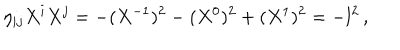
\eta _ { i j } X ^ { i } X ^ { j } = - ( X ^ { - 1 } ) ^ { 2 } - ( X ^ { 0 } ) ^ { 2 } + ( X ^ { 1 } ) ^ { 2 } = - l ^ { 2 } \, ,